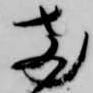
両